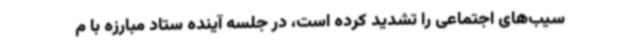
سیب‌های اجتماعی را تشدید کرده است، در جلسه آینده ستاد مبارزه با م